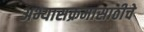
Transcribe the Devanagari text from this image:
अभ्यासक्रमासाठीचे